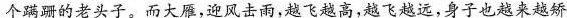
个蹒跚的老头子。而大雁，迎风击雨，越飞越高，越飞越远，身子也越来越矫